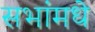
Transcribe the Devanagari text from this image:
सभांमधे